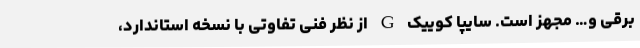
برقی و… مجهز است. سایپا کوییک G از نظر فنی تفاوتی با نسخه استاندارد،